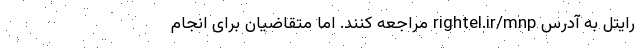
رایتل به آدرس rightel.ir/mnp مراجعه کنند. اما متقاضیان برای انجام